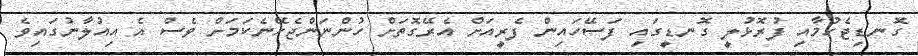
ގޮނޑިޖެހުމާއި ފުރޮޅުލީ ގޮނޑީގައި ފަސޭހައިން ފެރީއަށް އެރޭގޮތަށް ހުންނަންޖެހޭނެކަމަށް ވެސް އެ އިއުލާނުގައިވެ